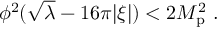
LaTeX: \phi ^ { 2 } ( \sqrt \lambda - 1 6 \pi | \xi | ) < 2 M _ { \mathrm { p } } ^ { 2 } \ .